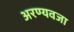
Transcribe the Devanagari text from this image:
अरण्यवजा